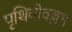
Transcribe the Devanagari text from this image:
पृथिवीवल्लभ